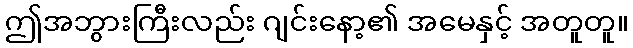
ဤအဘွားကြီးလည်း ဂျင်းနော့၏ အမေနှင့် အတူတူ။